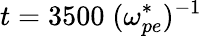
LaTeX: t=3500\; (\omega_{pe}^{*})^{-1}